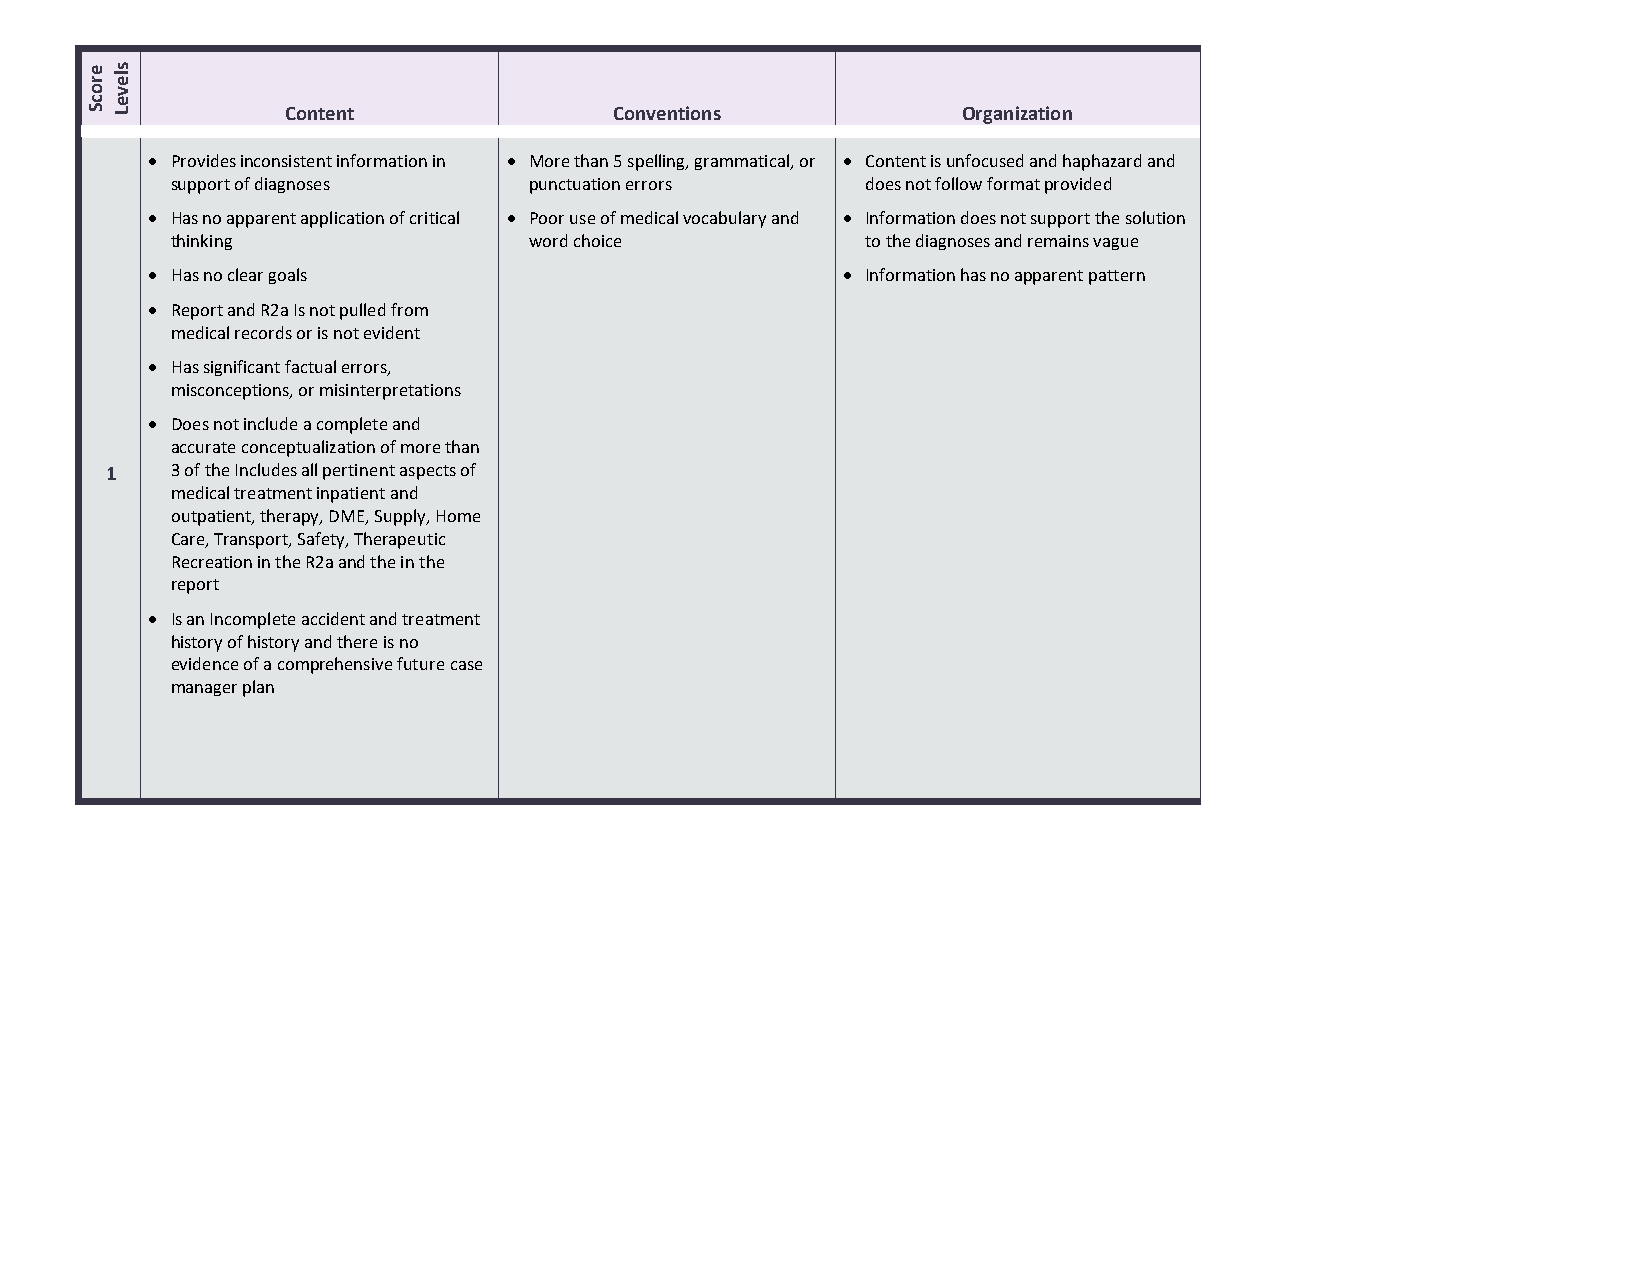
Content               Conventions            Organization
 • Provides inconsistent information in • More than 5 spelling, grammatical, or • Content is unfocused and haphazard and
 support of diagnoses    punctuation errors    does not follow format provided
 • Has no apparent application of critical • Poor use of medical vocabulary and • Information does not support the solution
 thinking                word choice           to the diagnoses and remains vague
 • Has no clear goals                          • Information has no apparent pattern
 • Report and R2a Is not pulled from
 medical records or is not evident
 • Has significant factual errors,
 misconceptions, or misinterpretations
 • Does not include a complete and
 accurate conceptualization of more than
 1   3 of the Includes all pertinent aspects of
 medical treatment inpatient and
 outpatient, therapy, DME, Supply, Home
 Care, Transport, Safety, Therapeutic
 Recreation in the R2a and the in the
 report
 • Is an Incomplete accident and treatment
 history of history and there is no
 evidence of a comprehensive future case
 manager plan
 erocS sleveL